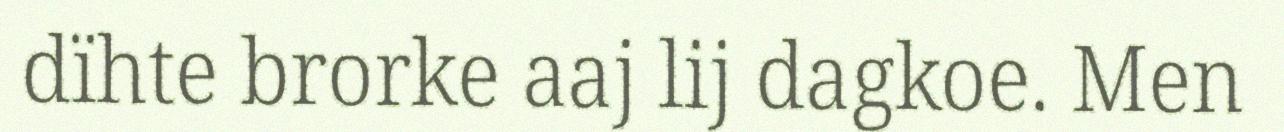
dïhte brorke aaj lij dagkoe. Men